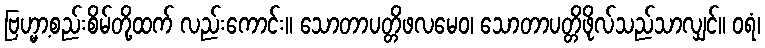
ဗြဟ္မာ့စည်းစိမ်တို့ထက် လည်းကောင်း။ သောတာပတ္တိဖလမေဝ၊ သောတာပတ္တိဖိုလ်သည်သာလျှင်။ ဝရံ၊